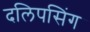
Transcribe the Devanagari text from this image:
दलिपसिंग